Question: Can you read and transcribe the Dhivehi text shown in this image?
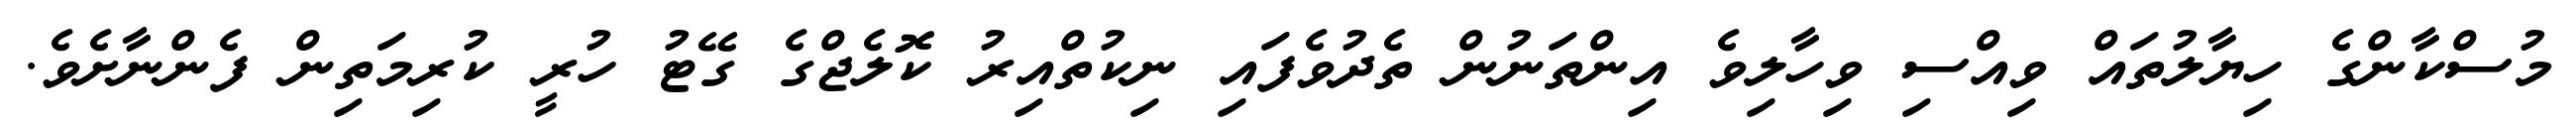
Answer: މުސްކާންގެ ހިޔާލުތައް ވިއްސި ވިހާލިވެ އިންތަނުން ތެދުވެފައި ނިކުތްއިރު ކޮލެޖްގެ ގޭޓު ހުރީ ކުރިމަތިން ފެންނާށެވެ.